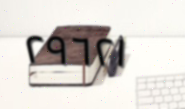
٢٩٦٢١